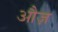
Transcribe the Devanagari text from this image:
औज़